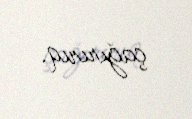
çağırırıq.